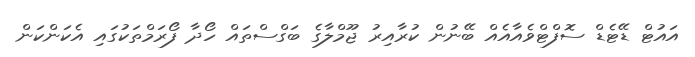
އައުޓް ޑޭޓެޑް ސޮފްޓްވެއާއެއް ބޭނުން ކުރާއިރު ޖޫމްލާގެ ބަގްސްތައް ހޯދާ ފޯރަމްތަކުގައި އެކަންކަން